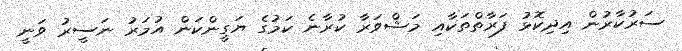
ސަރުކާރުން އިދިކޮޅު ފަރާތްތަކާއި މަޝްވަރާ ކުރާނެ ކަމުގެ ޔަގީންކަން އުމަރު ނަސީރު ވަނީ